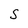
Character: S